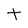
Character: t